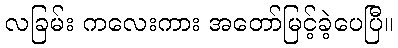
လခြမ်း ကလေးကား အတော်မြင့်ခဲ့ပေပြီ။